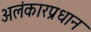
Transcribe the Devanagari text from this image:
अलंकारप्रधान